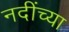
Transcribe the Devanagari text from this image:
नदींच्या